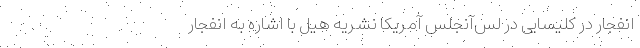
انفجار در کلیسایی در لس‌آنجلس آمریکا نشریه هیل با اشاره به انفجار